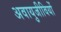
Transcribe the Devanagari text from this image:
अवायुजीवियों